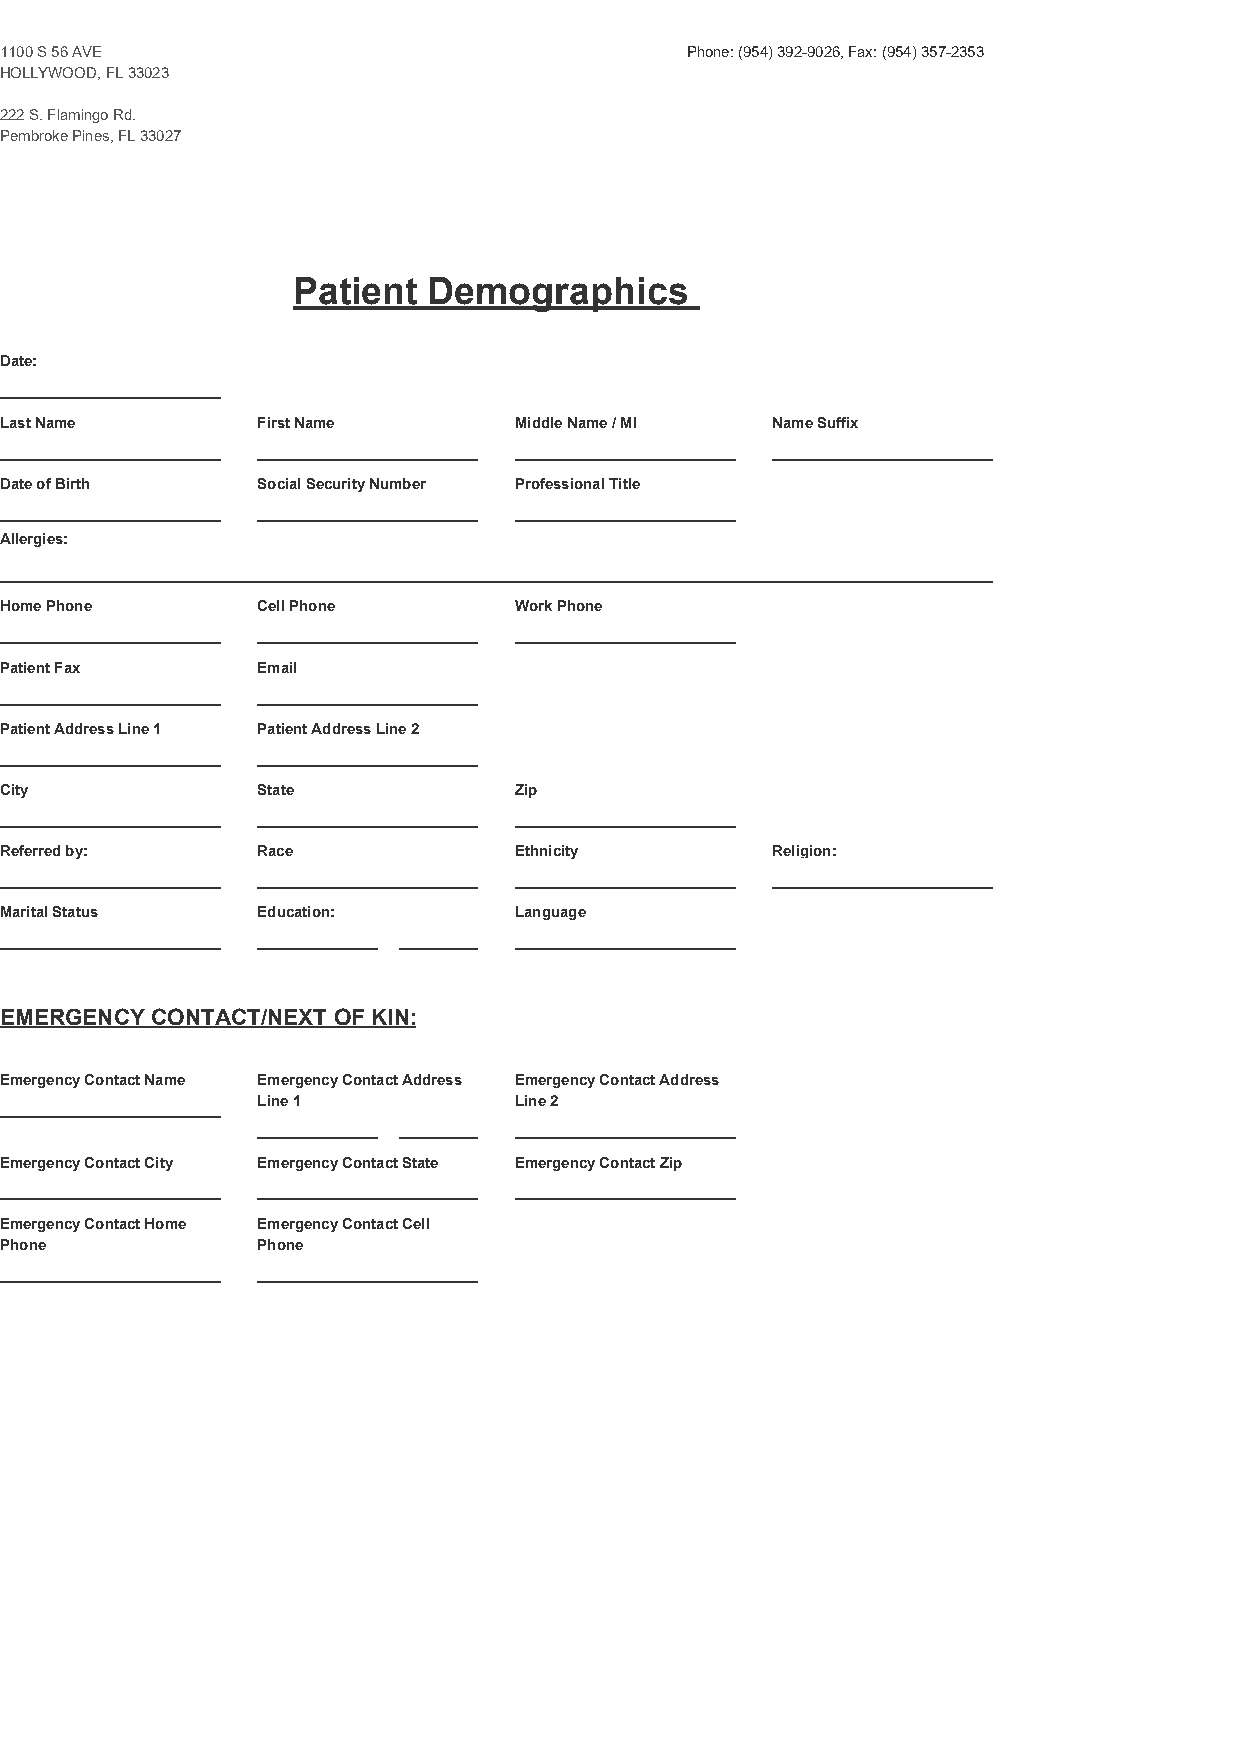
1100 S 56 AVE                                Phone: (954) 392-9026, Fax: (954) 357-2353
 HOLLYWOOD, FL 33023
 222 S. Flamingo Rd.
 Pembroke Pines, FL 33027
 Patient  Demographics
 Date:
 Last Name        First Name       Middle Name / MI Name Suffix
 Date of Birth    Social Security Number Professional Title
 Allergies:
 Home Phone       Cell Phone       Work Phone
 Patient Fax      Email
 Patient Address Line 1 Patient Address Line 2
 City             State            Zip
 Referred by:     Race             Ethnicity        Religion:
 Marital Status   Education:       Language
 EMERGENCY CONTACT/NEXT OF KIN:
 Emergency Contact Name Emergency Contact Address Emergency Contact Address
 Line 1           Line 2
 Emergency Contact City Emergency Contact State Emergency Contact Zip
 Emergency Contact Home Emergency Contact Cell
 Phone            Phone